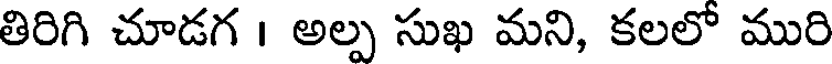
తిరిగి చూడగ । అల్ప సుఖ మని, కలలో మురి